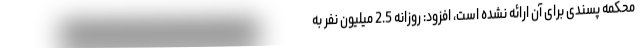
محکمه پسندی برای آن ارائه نشده است، افزود: روزانه 2.5 میلیون نفر به